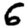
Digit: 6